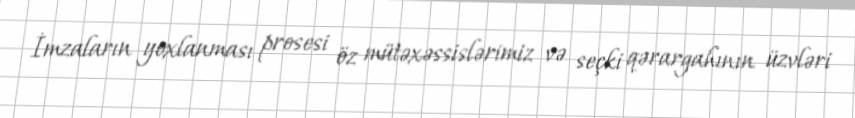
İmzaların yoxlanması prosesi öz mütəxəssislərimiz və seçki qərargahının üzvləri